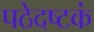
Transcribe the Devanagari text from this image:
पठेदष्टकं